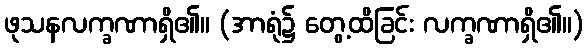
ဖုသနလက္ခဏာရှိ၏။ (အာရုံ၌ တွေ့ထိခြင်း လက္ခဏာရှိ၏။)